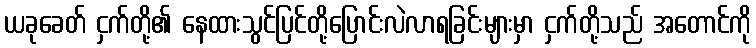
ယခုခေတ် ငှက်တို့၏ နေထားသွင်ပြင်တို့ပြောင်းလဲလာရခြင်းများမှာ ငှက်တို့သည် အတောင်ကို